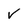
Character: v